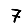
Digit: 7